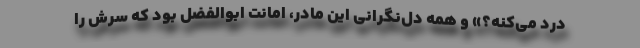
درد می‌کنه؟» و همه دل‌نگرانی این مادر، امانت ابوالفضل بود که سرش را